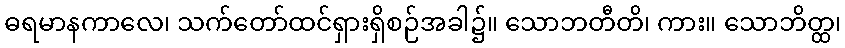
ဓရမာနကာလေ၊ သက်တော်ထင်ရှားရှိစဉ်အခါ၌။ သောဘတီတိ၊ ကား။ သောဘိတ္ထ၊